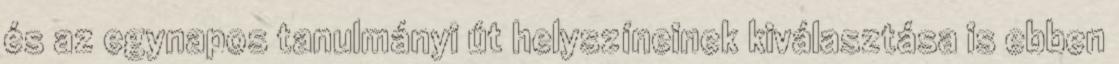
és az egynapos tanulmányi út helyszíneinek kiválasztása is ebben